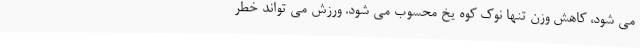
می شود، کاهش وزن تنها نوک کوه یخ محسوب می شود. ورزش می تواند خطر